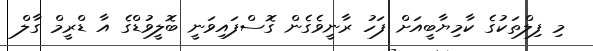
މި ފިލްތަކުގެ ކާމިޔާބީއަށް ފަހު ރާނީވެގެން ގޮސްފައިވަނީ ބޮލީވުޑްގެ އާ ޑްރީމް ގާލް